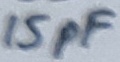
Text: 15pF